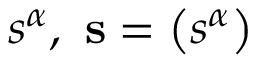
s ^ { \alpha } , \ \mathbf { s } = \left( s ^ { \alpha } \right)